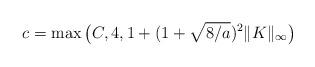
LaTeX: \begin{align*}c= \max\big(C, 4, 1+(1+\sqrt{8/a})^2\|K\|_\infty\big)\end{align*}